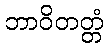
ဘာဝိတတ္တံ